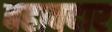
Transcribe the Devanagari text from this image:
बहावदार